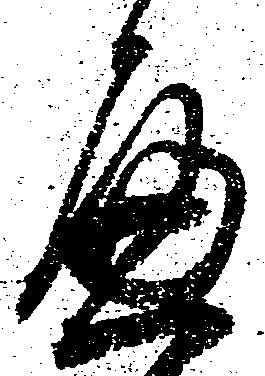
へ